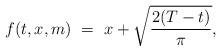
\begin{align*}f(t,x,m) \ = \ x + \sqrt{\frac{2(T-t)}{\pi}},\end{align*}